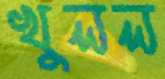
খুলল